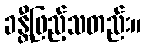
ခန္တီဖြည့်သတည်း။